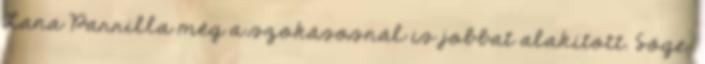
Lana Parrilla még a szokásosnál is jobbat alakított. Söge: